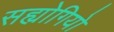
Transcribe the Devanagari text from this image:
सह्योगियो